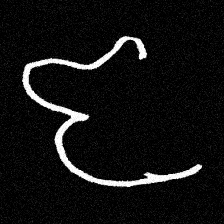
Pyu character \u2014 Myanmar letter: ဇ (romanized: ja)